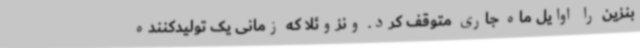
بنزین را اوایل ماه جاری متوقف کرد. ونزوئلا که زمانی یک تولیدکننده